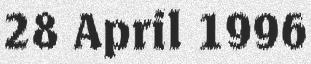
28 April 1996